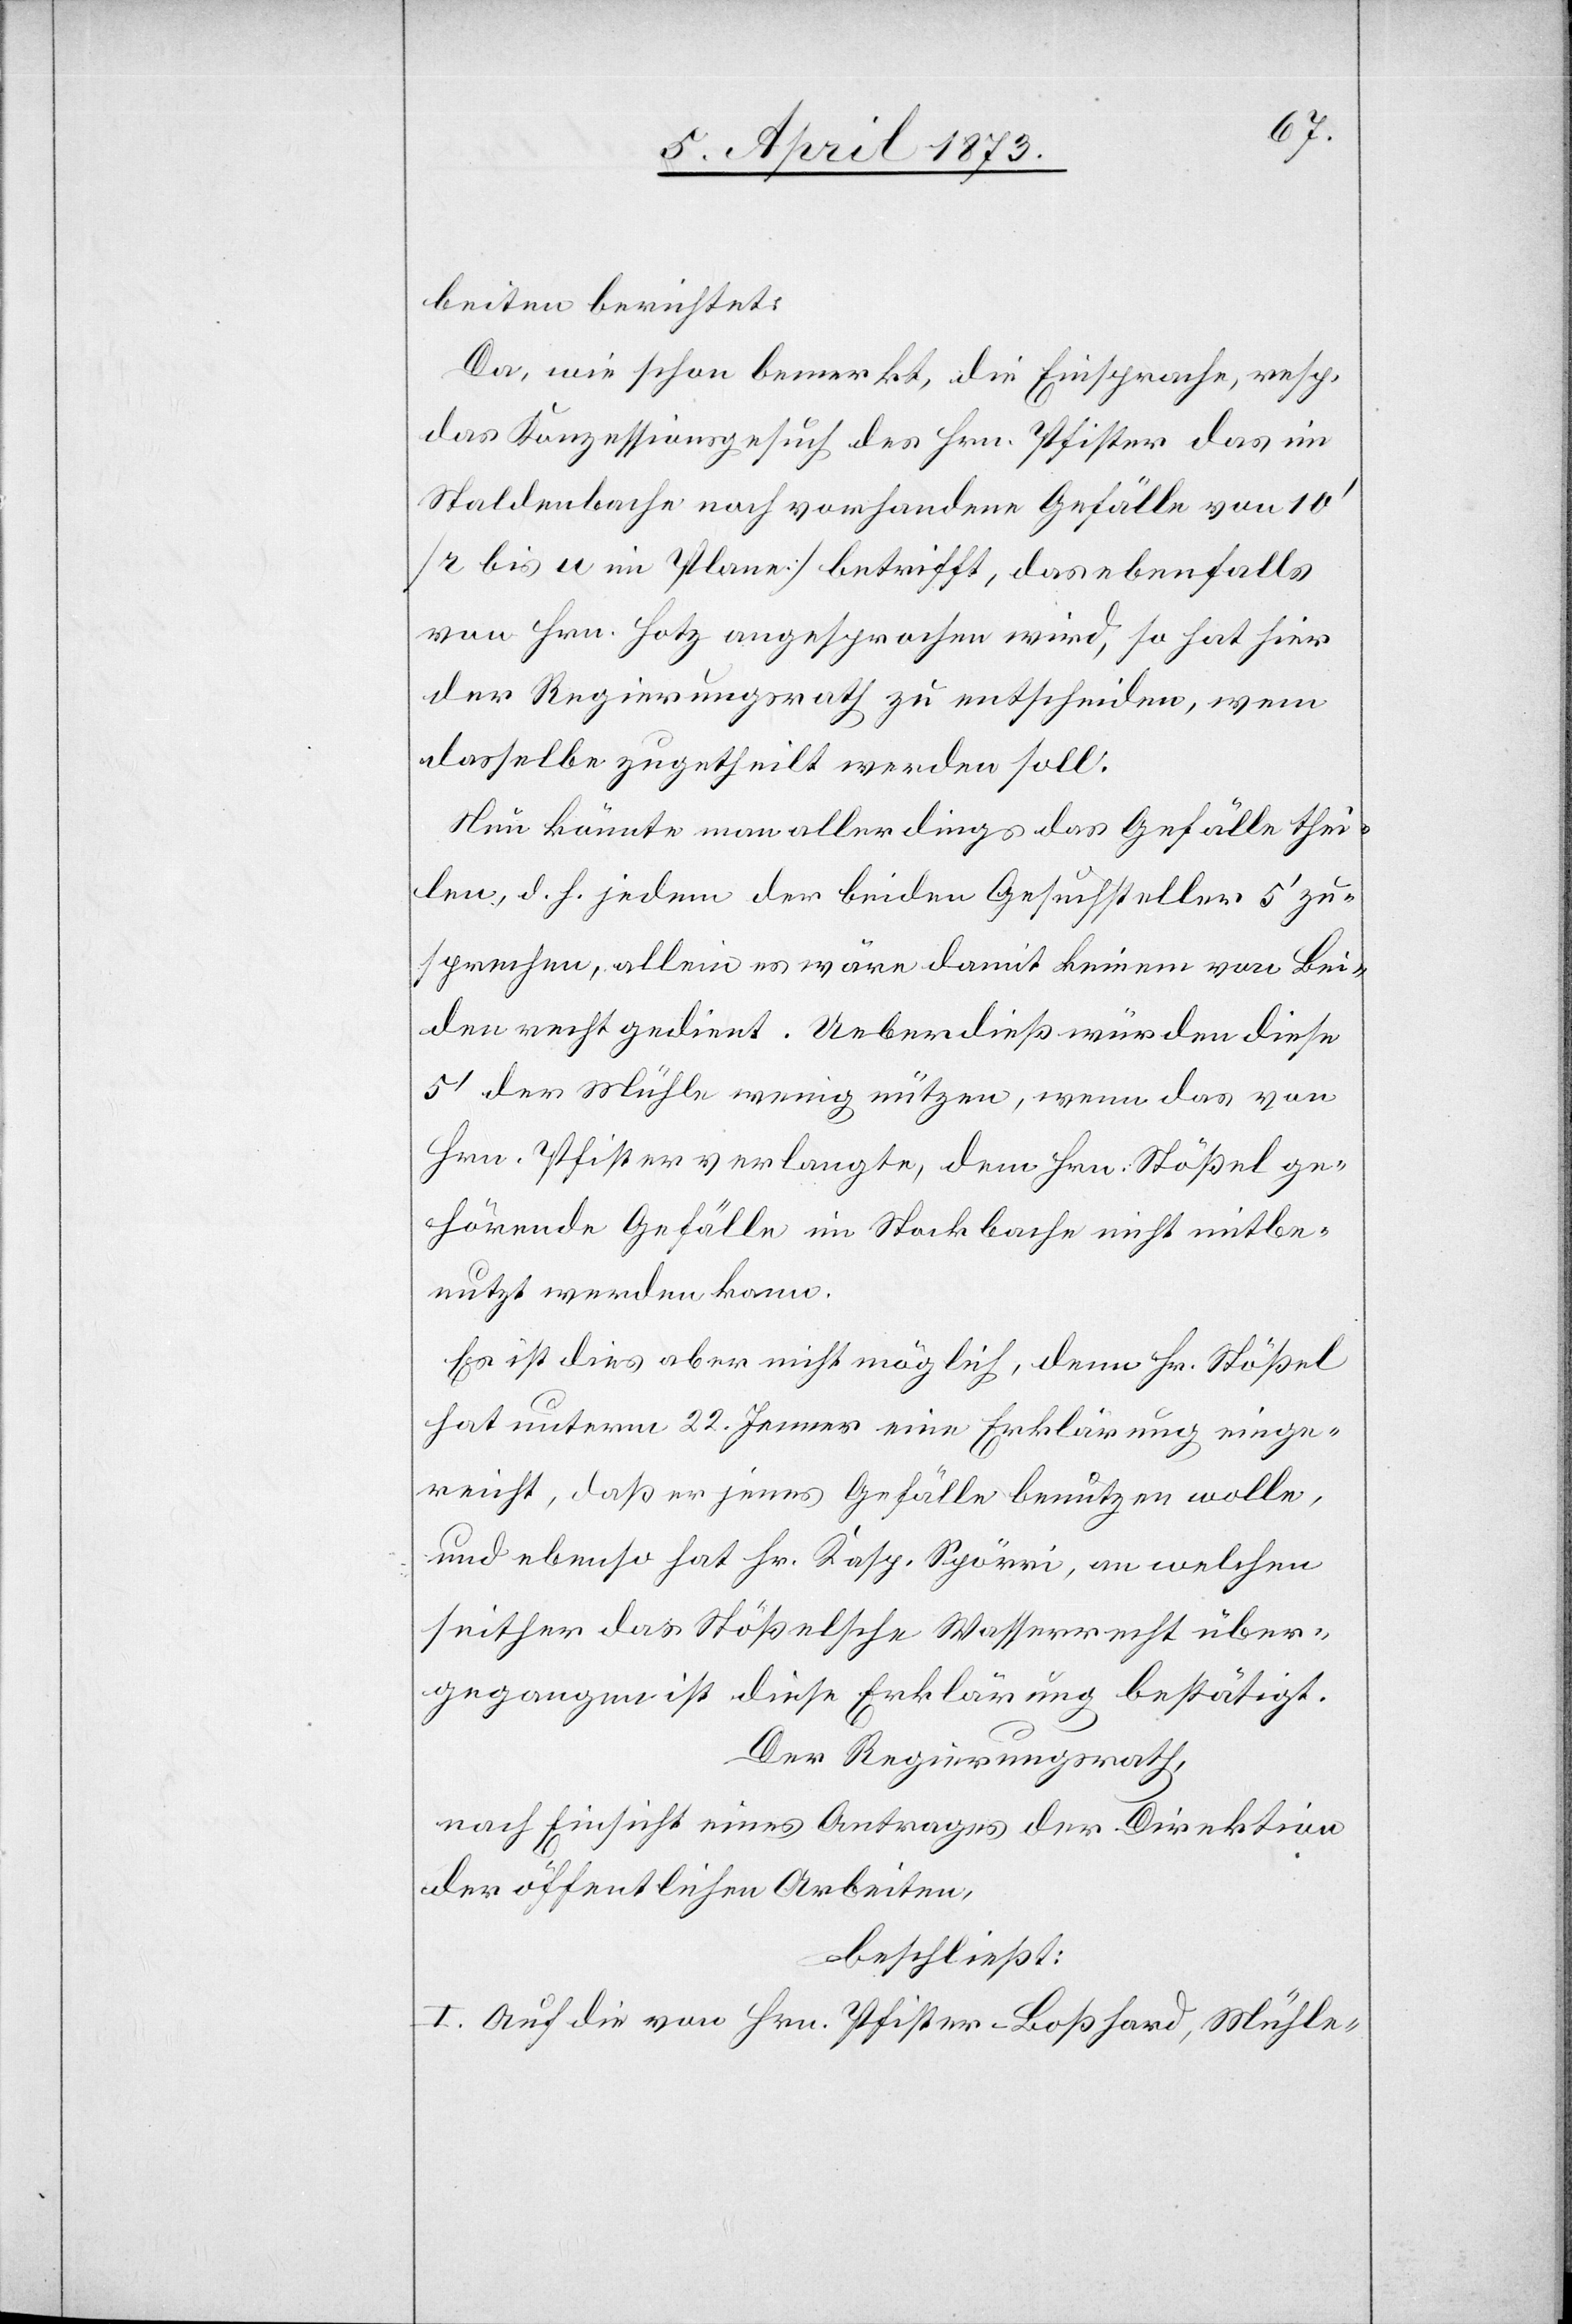
beiten berichtet:
Da, wie schon bemerkt, die Einsprache, resp.
das Konzessionsgesuch des Hrn. Pfister das im
Staldenbache noch vorhandene Gefälle von 10’
[r bis u im Plane] betrifft, das ebenfalls
von Hrn. Hotz angesprochen wird, so hat hier
der Regierungsrath zu entscheiden, wem
dasselbe zugetheilt werden soll.
Nun könnte man allerdings das Gefälle thei¬
len, d. h. jedem der beiden Gesuchsteller 5’ zu¬
sprechen, allein es wäre damit keinem von Bei¬
den recht gedient. Ueberdieß würden diese
5’ der Mühle wenig nützen, wenn das von
Hrn. Pfister verlangte, dem Hrn. Stößel ge¬
hörende Gefälle im Stockbache nicht mitbe¬
nutzt werden kann.
Es ist dies aber nicht möglich, denn Hr. Stößel
hat unterm 22. Jenner eine Erklärung einge¬
reicht, daß er jenes Gefälle benutzen wolle,
und ebenso hat Hr. Kasp. Spörri, an welchen
seither das Stößelsche Wasserrecht über¬
gegangen ist diese Erklärung bestätigt.
Der Regierungsrath,
nach Einsicht eines Antrages der Direktion
der öffentlichen Arbeiten,
beschließt:
I. Auf die von Hrn. Pfister-Boßhard, Mühle-